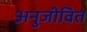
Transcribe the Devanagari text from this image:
अनुजीवित